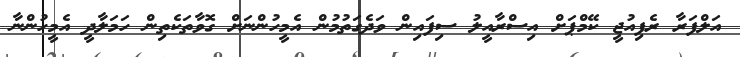
އަލްފަރާ ރެފިއުޖީ ކޭމްޕަށް އިސްރާއީލު ސިފައިން ވަދެގަތުމުން އެމީހުންނަށް ގޮވާތަކެތިން ހަމަލާދީ އެމީހުންނާ